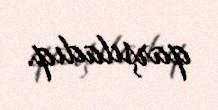
qarşıladıq.